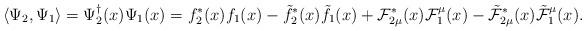
LaTeX: \begin{align*}\langle \Psi_2,\Psi_1 \rangle = \Psi^\dagger_2(x) \Psi_1(x) =f^*_2(x) f_1(x) - \tilde{f}^*_2(x) \tilde{f}_1(x)+ {\cal F}^*_{2\mu}(x) {\cal F}^\mu_1(x) - \tilde{\cal F}^*_{2\mu}(x) \tilde{\cal F}_1^\mu(x).\end{align*}